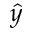
\hat { y }